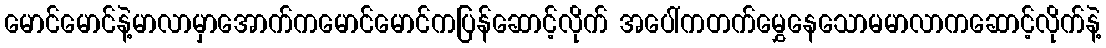
မောင်မောင်နဲ့မာလာမှာအောက်ကမောင်မောင်ကပြန်ဆောင့်လိုက် အပေါ်ကတက်မွှေနေသောမမာလာကဆောင့်လိုက်နဲ့